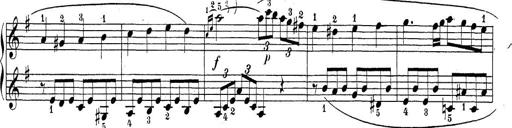
Title: Sonatina Album
Composer: Louis KÃ¶hler